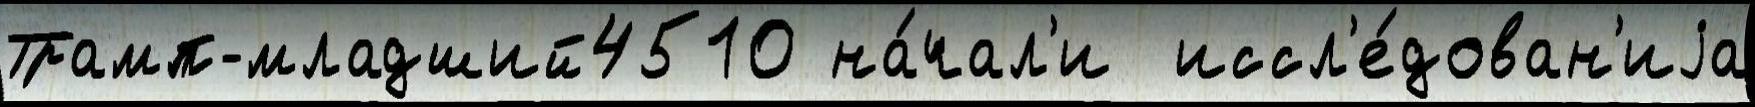
Трамп-младший4510 на́чал'и  иссл'е́дован'иjа